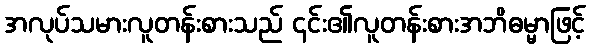
အလုပ်သမားလူတန်းစားသည် ၎င်း၏လူတန်းစားအဘိဓမ္မာဖြင့်